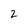
Character: 2